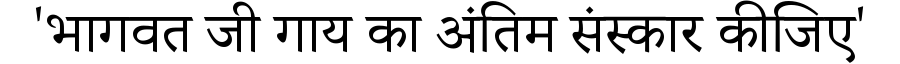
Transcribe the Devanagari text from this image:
'भागवत जी गाय का अंतिम संस्कार कीजिए'